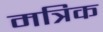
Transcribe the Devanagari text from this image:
मत्रिक